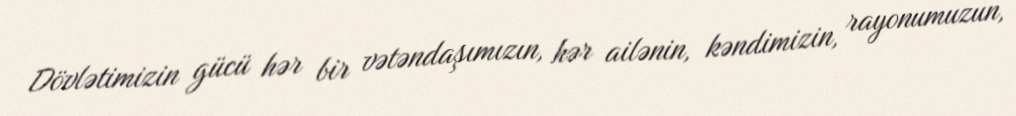
Dövlətimizin gücü hər bir vətəndaşımızın, hər ailənin, kəndimizin, rayonumuzun,